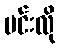
မင်းလို